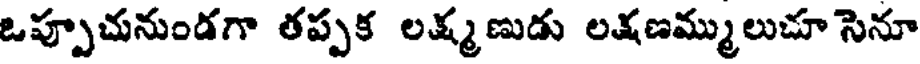
ఒప్పూచునుండగా తప్పక లక్ష్మణుడు లక్షణమ్ములుచూ సెనూ